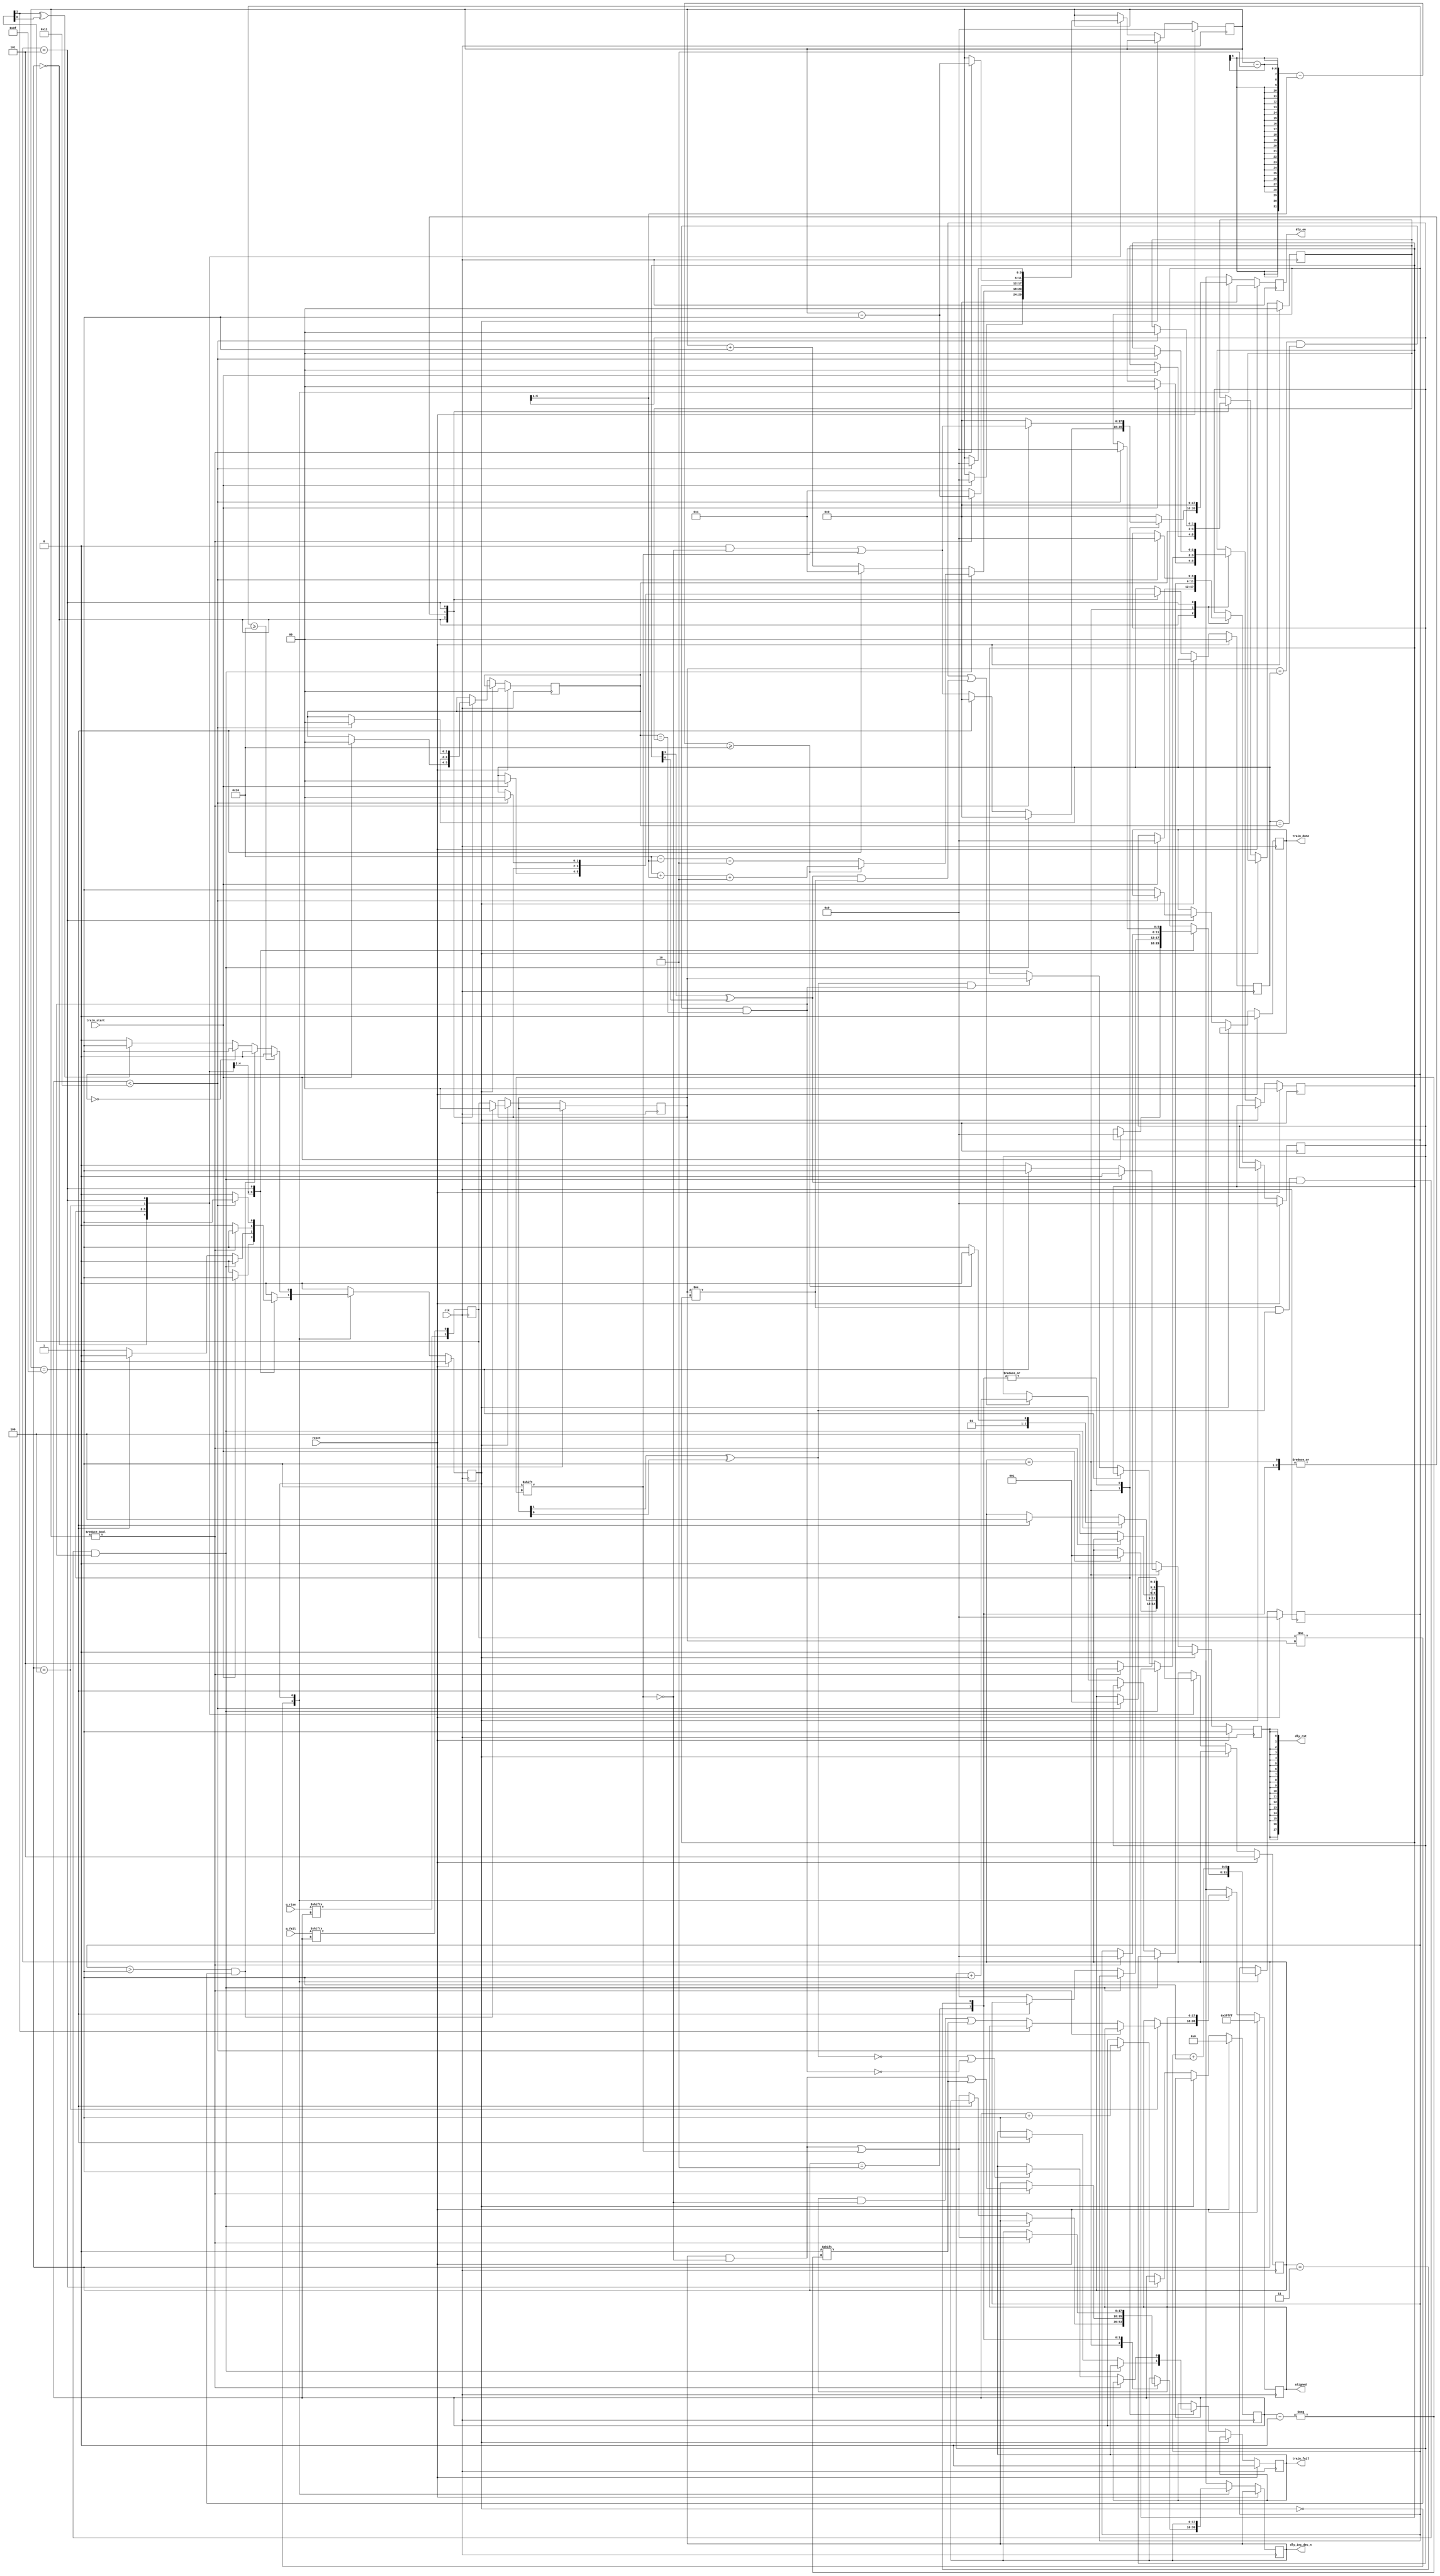
module qdrc_phy_bit_train(
    clk, // this can be a slow clock
    reset,

    train_start,
    train_done,
    train_fail,

    q_rise,
    q_fall,

    dly_inc_dec_n,
    dly_en,
    dly_rst,
    aligned
  );
  parameter DATA_WIDTH = 18;
  parameter CLK_FREQ   = 200;
  parameter BYPASS     = 1;

  input  clk, reset;

  input  train_start;
  output train_done, train_fail;

  input  [17:0] q_rise;
  input  [17:0] q_fall;

  output [17:0] dly_inc_dec_n;
  output [17:0] dly_en;
  output [17:0] dly_rst;

  output [17:0] aligned;

  /* DLY_DELTA is the delay increment when the IDELAY_CONF is configured
   * with a 200 MHz clock in ps*/
  localparam DLY_DELTA  = 78;
  /* The width of a bit in ps */
  localparam BITWIDTH   =   500000/CLK_FREQ;
  /* The number of delay steps in half a data bit */
  localparam BIT_STEPS  = (BITWIDTH/DLY_DELTA)/2;

  function valid;
    input [1:0] i;
    begin
      valid = i[1] ^ i[0];
    end
  endfunction
   
  /* primary state machine */

  reg [2:0] state;
  localparam STATE_IDLE    = 3'd0;
  localparam STATE_SEARCH  = 3'd1;
  localparam STATE_BACK    = 3'd2;
  localparam STATE_FORWARD = 3'd3;
  localparam STATE_ALIGN   = 3'd4;
  localparam STATE_DONE    = 3'd5;

  reg mode;
  localparam MODE_DEFAULT = 0;
  localparam MODE_ACQUIRE = 1;

  /* Registers referenced by the state machine */

  reg [17:0] dly_inc_dec_n;
  reg [17:0] dly_en;
  reg dly_rst_reg;
  assign dly_rst = {18{dly_rst_reg}};
  reg train_fail;
  reg train_done;

  reg [1:0] curr_reg; /* Async register for capturing IDDR data */
  // synthesis attribute ASYNC_REG of curr_reg[0] is true 
  // synthesis attribute ASYNC_REG of curr_reg[1] is true 
  //
  reg [1:0] prev;  /* the 'ACQUIRED' value 1 cycle  previous */
  reg [1:0] curr;  /* the current  'ACQUIRED' value */
  reg [1:0] hist0;    
  reg [1:0] hist1;    
  reg [1:0] hist2;    

  wire history_stable = curr == hist0 && hist0 == hist1 && hist1 == hist2;

  reg [5:0] acquire_progress;
  localparam ACQUIRE_THRESHOLD = 16;

  reg [4:0] bit_index;
  reg [5:0] progress;
  reg [5:0] baddies;

  reg [17:0] aligned;

  always @(posedge clk) begin
    /* Single cycle outputs */
    dly_en       <= 18'b0;
    dly_rst_reg  <= 1'b0;

    /* async registered iddr data */
    curr_reg <= {q_rise[bit_index], q_fall[bit_index]};

    if (reset) begin
      state      <= BYPASS ? STATE_DONE : STATE_IDLE;
      mode       <= MODE_DEFAULT;
      train_fail <= 1'b0;
      train_done <= 1'b0;

      aligned    <= {18{1'b1}};

      progress         <= 6'b0;
      acquire_progress <= 0;

      baddies     <= 6'b0;

      dly_rst_reg <= 1'b1;

      prev       <= 2'b0;
      hist0      <= 2'b0;
      hist1      <= 2'b0;
      hist2      <= 2'b0;
      bit_index  <= 5'b0;
    end else begin
      case (mode)
        MODE_DEFAULT: begin
          case (state)
            STATE_IDLE:    begin
              if (train_start) begin
                state       <= STATE_SEARCH;
                mode        <= MODE_ACQUIRE;

                progress         <= 6'b0;
                acquire_progress <= 0;

                baddies     <= 6'b0;

                prev       <= 2'b0;
                hist0      <= 2'b0;
                hist1      <= 2'b0;
                hist2      <= 2'b0;
              end
            end
            STATE_SEARCH:  begin
              hist0 <= curr;
              hist1 <= hist0;
              hist2 <= hist1;

              if (curr != prev && valid(curr) && valid(prev) && history_stable) begin
                if (progress - 2 - (baddies >> 1) >= BIT_STEPS) begin
                  state    <= STATE_BACK;
                  progress <= BIT_STEPS + (baddies >> 1) + 2;
                end else begin
                  state    <= STATE_FORWARD;
                  progress <= BIT_STEPS - (baddies >> 1) - 2;
                end
              end else begin
                if (progress == 6'd63) begin
                  /* We have delayed as much as we could and have not found
                   * a bit transition */
                  state       <= STATE_ALIGN;
                  progress    <= 4;
                  train_fail  <= 1'b1;
                  dly_rst_reg <= 1'b1;
                end else begin
                  mode             <= MODE_ACQUIRE;
                  acquire_progress <= 0;
                  progress      <= progress + 1;
                  dly_inc_dec_n[bit_index] <= 1'b1;
                  dly_en[bit_index]        <= 1'b1;

                  if (valid(curr) && history_stable) begin
                    prev <= curr;
                  end

                  if (baddies || valid(prev) && curr != prev) begin
                    baddies <= baddies + 1;
                  end
                end
              end
            end
            STATE_BACK:    begin
              hist0 <= curr;
              hist1 <= hist0;
              hist2 <= hist1;

              if (progress != 0) begin
                mode             <= MODE_ACQUIRE;
                acquire_progress <= 0;

                progress      <= progress - 1;

                dly_inc_dec_n[bit_index] <= 1'b0;
                dly_en[bit_index]        <= 1'b1;
              end else begin
                state       <= STATE_ALIGN;
                progress    <= 4;
                if (!valid(curr) || !history_stable) begin
                  train_fail <= 1'b1;
                end
              end
            end
            STATE_FORWARD: begin
              hist0 <= curr;
              hist1 <= hist0;
              hist2 <= hist1;

              if (progress != 0) begin
                mode             <= MODE_ACQUIRE;
                acquire_progress <= 0;

                progress      <= progress - 1;

                dly_inc_dec_n[bit_index] <= 1'b1;
                dly_en[bit_index]        <= 1'b1;
              end else begin
                state       <= STATE_ALIGN;
                progress    <= 4;
                if (!valid(curr) || !history_stable) begin
                  train_fail <= 1'b1;
                end
              end
            end
            STATE_ALIGN:    begin
              if (progress) begin
                progress <= progress - 1;
              end else begin
                state    <= STATE_DONE;
                if (!curr_reg[1])
                  aligned[bit_index] <= 1'b0;
              end
            end
            STATE_DONE:    begin
              if (bit_index < DATA_WIDTH - 1) begin
                state       <= STATE_SEARCH;
                mode        <= MODE_ACQUIRE;

                progress         <= 6'b0;
                acquire_progress <= 0;

                baddies     <= 6'b0;

                prev       <= 2'b0;
                hist0      <= 2'b0;
                hist1      <= 2'b0;
                hist2      <= 2'b0;
                bit_index  <= bit_index + 1;
              end else begin
                train_done <= 1'b1;
              end
            end
          endcase
        end
        MODE_ACQUIRE: begin
          if (acquire_progress == 0) begin
            /* ignore the first to compensate for registered curr_reg */
          end else if (!valid(curr_reg)) begin
              /* if the data is invalid invalidate the data and
               * exit mode */
            mode <= MODE_DEFAULT;
            curr <= 2'b00; //invalid
          end begin
            curr <= curr_reg;
            /* by default store the previous reg'd value */

            if (acquire_progress > 1 && curr_reg != curr) begin
              /* if there is a change in the value invalidate the data and
               * exit mode */
              mode <= MODE_DEFAULT;
              curr <= 2'b00; //invalid
            end
            if (acquire_progress >= ACQUIRE_THRESHOLD) begin
              /* Acquire complete enter default mode */
              mode <= MODE_DEFAULT;
            end
          end
          acquire_progress <= acquire_progress + 1;
        end
      endcase
    end
  end

endmodule